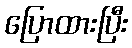
ပြောထားပြီး